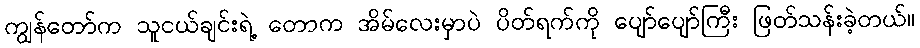
ကျွန်တော်က သူငယ်ချင်းရဲ့ တောက အိမ်လေးမှာပဲ ပိတ်ရက်ကို ပျော်ပျော်ကြီး ဖြတ်သန်းခဲ့တယ်။